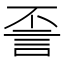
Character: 𰴪